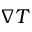
\nabla T